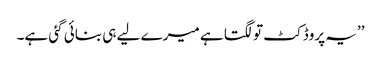
’’یہ پروڈکٹ تو لگتا ہے میرے لیے ہی بنائی گئی ہے۔